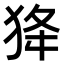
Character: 𤝷